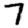
Digit: 7